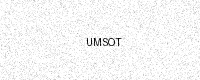
Text: UMSOT